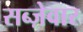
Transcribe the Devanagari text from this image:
सब्ज़ेवार